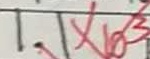
1 . 1 \times 1 0 ^ { 3 }